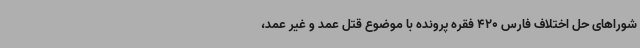
شوراهای حل اختلاف فارس 420 فقره پرونده با موضوع قتل عمد و غیر عمد،